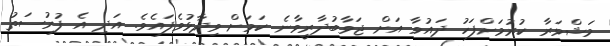
މަޝްވަރާ ކުރުމަށްފަހު ދައުވާ އަށް ޖަވާބުދާރީވާނެ ކަމަށް ވިދާޅުވެފައެވެ. އަދި އެ ފުރުސަތު